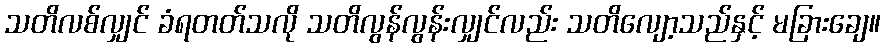
သတိလစ်လျှင် ခံရတတ်သလို သတိလွန်လွန်းလျှင်လည်း သတိလျော့သည်နှင့် မခြားချေ။